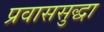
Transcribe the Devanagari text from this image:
प्रवाससुद्धा